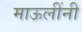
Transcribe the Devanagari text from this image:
माऊलींनी